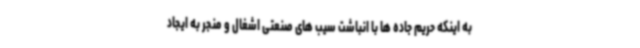
به اینکه حریم جاده ها با انباشت سیب های صنعتی اشغال و منجر به ایجاد